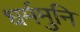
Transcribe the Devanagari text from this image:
धर्ममुनि